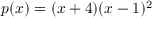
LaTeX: p ( x ) = ( x + 4 ) ( x - 1 ) ^ { 2 }